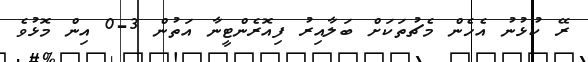
ރޭ ކުޅުނު އެހެން މެޗުތަކަށް ބަލާއިރު ފިއޮރެންޓީނާ އަތުން 3-0 އިން މޮޅުވެ